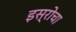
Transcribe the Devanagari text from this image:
इस्रोचा